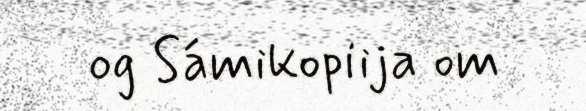
og Sámikopiija om